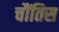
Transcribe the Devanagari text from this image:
चौंतिस